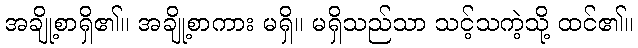
အချို့စာရှိ၏။ အချို့စာကား မရှိ။ မရှိသည်သာ သင့်သကဲ့သို့ ထင်၏။